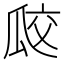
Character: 㼎